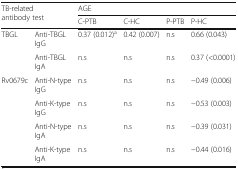
| <ROWSPAN=2-COLSPAN=2> TB-related antibody test | <COLSPAN=4> AGE |
 | C-PTB | C-HC | P-PTB | P-HC |
 | --- | --- | --- | --- | --- | --- |
 | <ROWSPAN=2> TBGL | Anti-TBGL IgG | 0.37 (0.012)a | 0.42 (0.007) | n.s | 0.66 (0.043) |
 | Anti-TBGL IgA | n.s | n.s | n.s | 0.37 (<0.0001) |
 | <ROWSPAN=4> Rv0679c | Anti-N-type IgG | n.s | n.s | n.s | −0.49 (0.006) |
 | Anti-K-type IgG | n.s | n.s | n.s | −0.53 (0.003) |
 | Anti-N-type IgA | n.s | n.s | n.s | −0.39 (0.031) |
 | Anti-K-type IgA | n.s | n.s | n.s | −0.44 (0.016) |